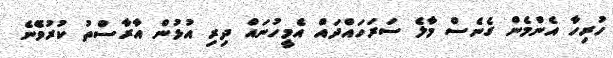
ހުރިހާ އެންމެން ގެނެސް މާލެ ސަރަހައްދައް އެމީހުނައް ދިރި އުޅުން އާރާސްތު ކުރުވެޭނެ